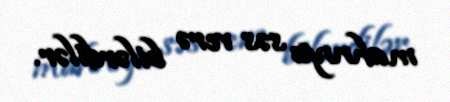
mahnıya səs verə bilərdilər.